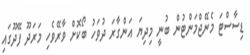
ޑިސާސްޓަ މެނޭޖްމަންޓުން ބުނީ މިދިޔަ އަންގާރަ ދުވަހު ބޯކޮށް ވާރޭވެހި މަރަދޫ ފޭދޫގައި